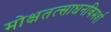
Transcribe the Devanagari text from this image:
मोक्षतत्साधनविमर्श